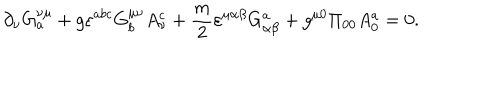
LaTeX: \partial _ { \nu } G _ { a } ^ { \nu \mu } + g \varepsilon ^ { a b c } G _ { b } ^ { \mu \nu } A _ { \nu } ^ { c } + \frac { m } { 2 } \varepsilon ^ { \mu \alpha \beta } G _ { \alpha \beta } ^ { a } + g ^ { \mu 0 } \Pi _ { 0 0 } A _ { 0 } ^ { a } = 0 .